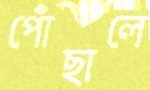
পোঁছালে